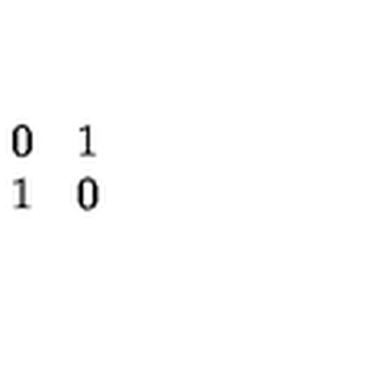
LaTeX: \begin{array} { c c } { 0 } & { 1 } \\ { 1 } & { 0 } \\ \end{array}